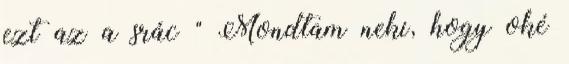
ezt az a srác " Mondtam neki, hogy oké